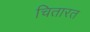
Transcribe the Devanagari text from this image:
चितारत